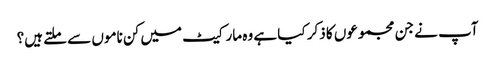
آپ نے جن مجموعوں کا ذکر کیا ہے وہ مارکیٹ میں کن ناموں سے ملتے ہیں؟